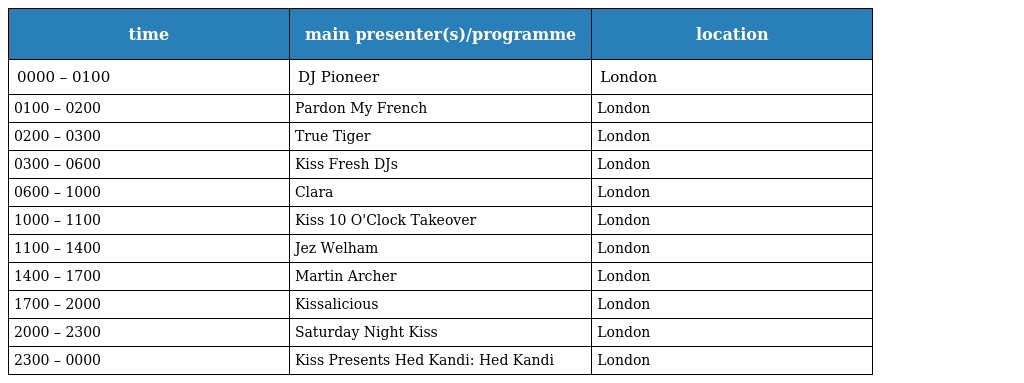
| time | main presenter(s)/programme | location |
 | --- | --- | --- |
 | 0000 – 0100 | DJ Pioneer | London |
 | 0100 – 0200 | Pardon My French | London |
 | 0200 – 0300 | True Tiger | London |
 | 0300 – 0600 | Kiss Fresh DJs | London |
 | 0600 – 1000 | Clara | London |
 | 1000 – 1100 | Kiss 10 O'Clock Takeover | London |
 | 1100 – 1400 | Jez Welham | London |
 | 1400 – 1700 | Martin Archer | London |
 | 1700 – 2000 | Kissalicious | London |
 | 2000 – 2300 | Saturday Night Kiss | London |
 | 2300 – 0000 | Kiss Presents Hed Kandi: Hed Kandi | London |